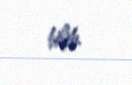
bilib.